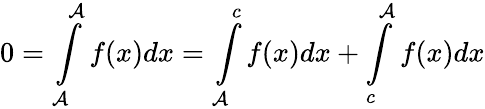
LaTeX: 0=\int\limits_{\mathcal{A}}^{\mathcal{A}}f(x)dx=\int\limits_{\mathcal{A}}^{c}f(x)dx+\int\limits_{c}^{\mathcal{A}}f(x)dx